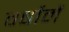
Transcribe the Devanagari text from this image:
वर्षोमें